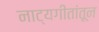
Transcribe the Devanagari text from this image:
नाट्यगीतांतून